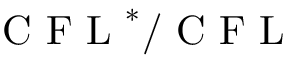
\mathrm { ~ C ~ F ~ L ~ } ^ { * } / \mathrm { ~ C ~ F ~ L ~ }